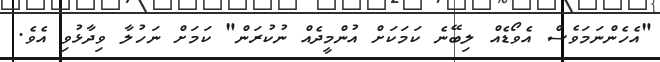
"އެހެންނަމަވެސް އެވޯޑެއް ލިބޭނެ ކަމަކަށް އުންމީދެއް ނުކުރަން" ކަމަށް ނަހުލާ ވިދާޅުވި އެވެ.